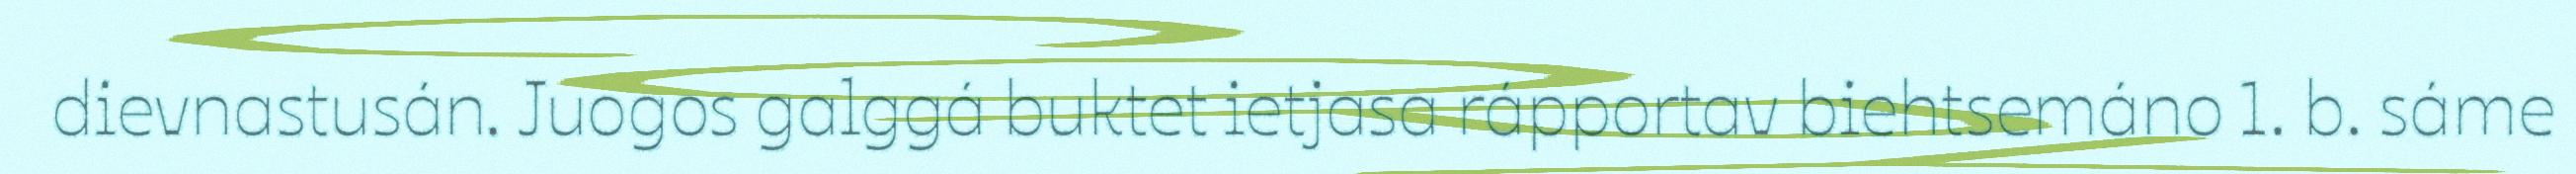
dievnastusán. Juogos galggá buktet ietjasa rápportav biehtsemáno 1. b. sáme